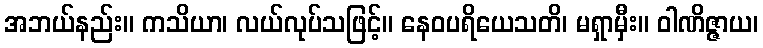
အဘယ်နည်း။ ကသိယာ၊ လယ်လုပ်သဖြင့်။ နေဝပရိယေသတိ၊ မရှာမှီး။ ဝါဏိဇ္ဇာယ၊